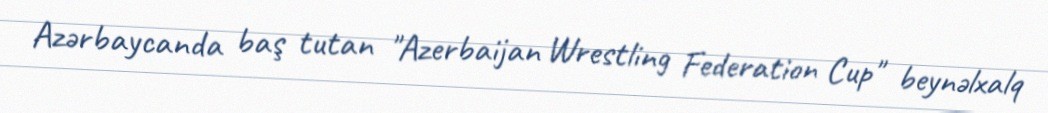
Azərbaycanda baş tutan "Azerbaijan Wrestling Federation Cup" beynəlxalq